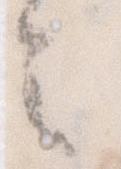
令